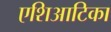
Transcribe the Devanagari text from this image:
एशिआटिका